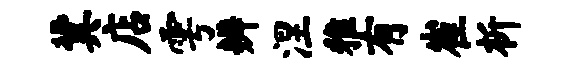
冀店雩辨涅雅有崔析